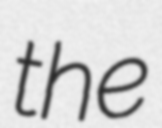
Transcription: the